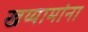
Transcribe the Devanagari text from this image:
खय्यामांना